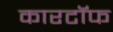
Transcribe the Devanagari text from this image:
कारटॉफ